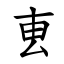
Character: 叀